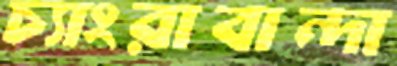
চ্যাংরাবান্দা